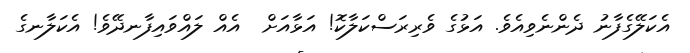
އެކަލޭގެފާނު ދެންނެވިއެވެ. އަޅުގެ ވެރިރަސްކަލާކޮ! އަޅާއަށް  އެއް ލައްވައިފާނދޭވެ! އެކަލާނގެ